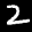
Label: 2